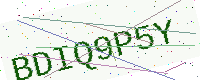
Text: BDIQ9P5Y